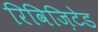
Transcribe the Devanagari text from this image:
रिविज़िटेड